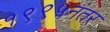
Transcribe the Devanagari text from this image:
१९९५नंतर